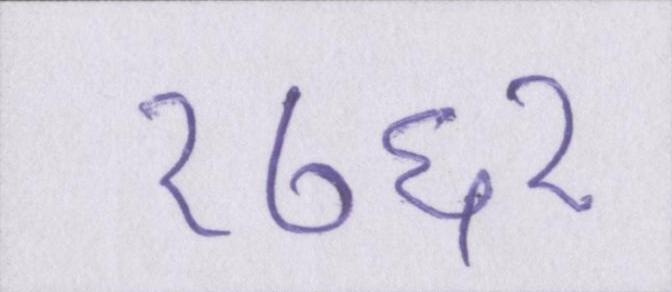
१७६१